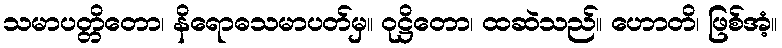
သမာပတ္တိတော၊ နိရောဓသမာပတ်မှ။ ဝုဋ္ဌိတော၊ ထဆဲသည်။ ဟောတိ၊ ဖြစ်အံ့။